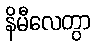
နိမီလေတွာ